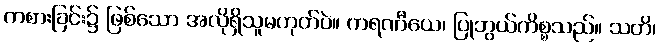
ကစားခြင်း၌ ဖြစ်သော အလိုရှိသူမဟုတ်ပဲ။ ကရဏီယေ၊ ပြုဘွယ်ကိစ္စသည်။ သတိ၊